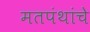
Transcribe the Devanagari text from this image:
मतपंथांचे